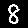
Digit: 8